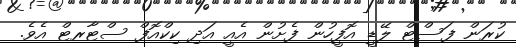
ކުރަން ފަސްޓް ލޭޑީ އޮފީހުން ފެށުން އެއީ އަދި ކިކްއޮފް ސްޓާރޓް އެވެ.